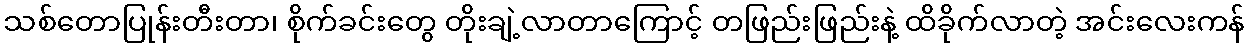
သစ်တောပြုန်းတီးတာ၊ စိုက်ခင်းတွေ တိုးချဲ့လာတာကြောင့် တဖြည်းဖြည်းနဲ့ ထိခိုက်လာတဲ့ အင်းလေးကန်